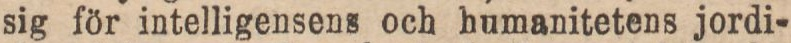
sig för intelligensens och humanitetens jordi-